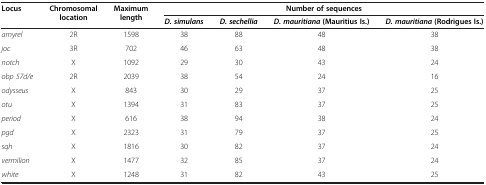
<table><thead><tr><td rowspan="2"><b>Locus</b></td><td rowspan="2"><b>Chromosomal location</b></td><td rowspan="2"><b>Maximum length</b></td><td colspan="4"><b>Number of sequences</b></td></tr><tr><td><b><i>D. simulans</i></b></td><td><b><i>D. sechellia</i></b></td><td><b><i>D. mauritiana </i>(Mauritius Is.)</b></td><td><b><i>D. mauritiana </i>(Rodrigues Is.)</b></td></tr></thead><tbody><tr><td><i>amyrel</i></td><td>2R</td><td>1598</td><td>38</td><td>88</td><td>48</td><td>38</td></tr><tr><td><i>joc</i></td><td>3R</td><td>702</td><td>46</td><td>63</td><td>48</td><td>38</td></tr><tr><td><i>notch</i></td><td>X</td><td>1092</td><td>29</td><td>30</td><td>43</td><td>24</td></tr><tr><td><i>obp 57d/e</i></td><td>2R</td><td>2039</td><td>38</td><td>54</td><td>24</td><td>16</td></tr><tr><td><i>odysseus</i></td><td>X</td><td>843</td><td>30</td><td>29</td><td>37</td><td>25</td></tr><tr><td><i>otu</i></td><td>X</td><td>1394</td><td>31</td><td>83</td><td>37</td><td>25</td></tr><tr><td><i>period</i></td><td>X</td><td>616</td><td>38</td><td>94</td><td>38</td><td>24</td></tr><tr><td><i>pgd</i></td><td>X</td><td>2323</td><td>31</td><td>79</td><td>37</td><td>25</td></tr><tr><td><i>sqh</i></td><td>X</td><td>1816</td><td>30</td><td>82</td><td>37</td><td>24</td></tr><tr><td><i>vermilion</i></td><td>X</td><td>1477</td><td>32</td><td>85</td><td>37</td><td>24</td></tr><tr><td><i>white</i></td><td>X</td><td>1248</td><td>31</td><td>82</td><td>43</td><td>25</td></tr></tbody></table>